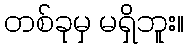
တစ်ခုမှ မရှိဘူး။